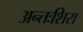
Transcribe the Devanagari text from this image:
अन्तःशिरा